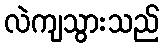
လဲကျသွားသည်